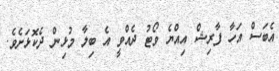
އެބަސް އަހާ ފާރިޝް އިއްޔެ ވޯޓު ދެއްވީ އެ ބިލާ މުޅިން ދެކޮޅަށެވެ.